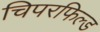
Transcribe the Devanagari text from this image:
चिपरफिल्ड